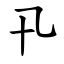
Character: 卂